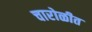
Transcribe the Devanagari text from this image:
चारोळीत